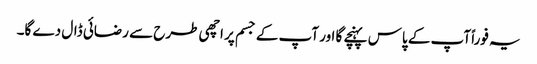
یہ فوراً آپ کے پاس پہنچے گا اور آپ کے جسم پر اچھی طرح سے رضائی ڈال دے گا۔